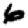
Digit: 6